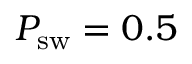
P _ { \mathrm { s w } } = 0 . 5